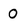
Character: O